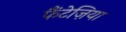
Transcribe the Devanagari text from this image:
फैंटेज़िया